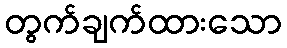
တွက်ချက်ထားသော